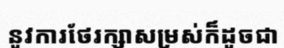
នូវការថែរក្សាសម្រស់ក៏ដូចជា